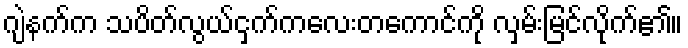
ဂျဲနက်က သပိတ်လွယ်ငှက်ကလေးတကောင်ကို လှမ်းမြင်လိုက်၏။